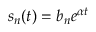
s _ { n } ( t ) = b _ { n } e ^ { \alpha t }